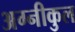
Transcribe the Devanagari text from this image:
अग्‍नीकुल